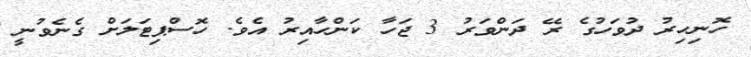
ހޮނިހިރު ދުވަހުގެ ރޭ ދަންވަރު 3 ޖަހާ ކަންހާއިރު އެވެ. ހޮސްޕިޓަލަށް ގެނެވުނީ